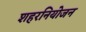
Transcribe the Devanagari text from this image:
शहरनियोजन